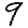
Digit: 9